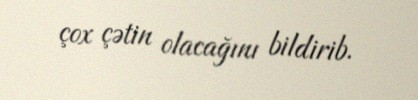
çox çətin olacağını bildirib.